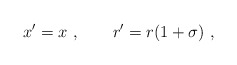
\begin{align*} x' = x~,\qquad r' = r (1+\sigma)~,\end{align*}